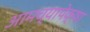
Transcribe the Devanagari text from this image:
आमच्यापेक्षा